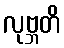
လုဗ္ဘတိ